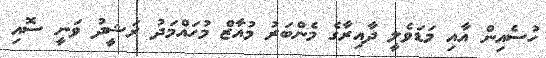
ހުސެއިން އާއި މަޑަވެލީ ދާއިރާގެ މެންބަރު މުއާޒް މުހައްމަދު ރަޝީދު ވަނީ ސޮއި